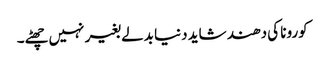
کورونا کی دھند شاید دنیا بدلے بغیر نہیں چھٹے۔